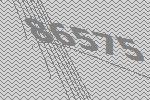
86575